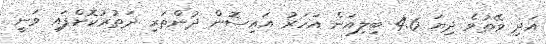
އަދި ވޭތުވެ ދިޔަ 4.6 ބިލިއަން އަހަރު އައިސޮން ދުންތަރި ދަތުރުކޮށްފައި ވަނީ